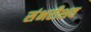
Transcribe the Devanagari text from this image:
संभरीशव